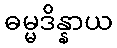
ဓမ္မဒိန္နာယ